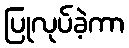
ပြုလုပ်ခဲ့ကာ